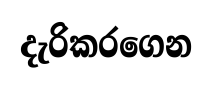
දැරිකරගෙන